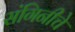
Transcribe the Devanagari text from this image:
संगिनीचे